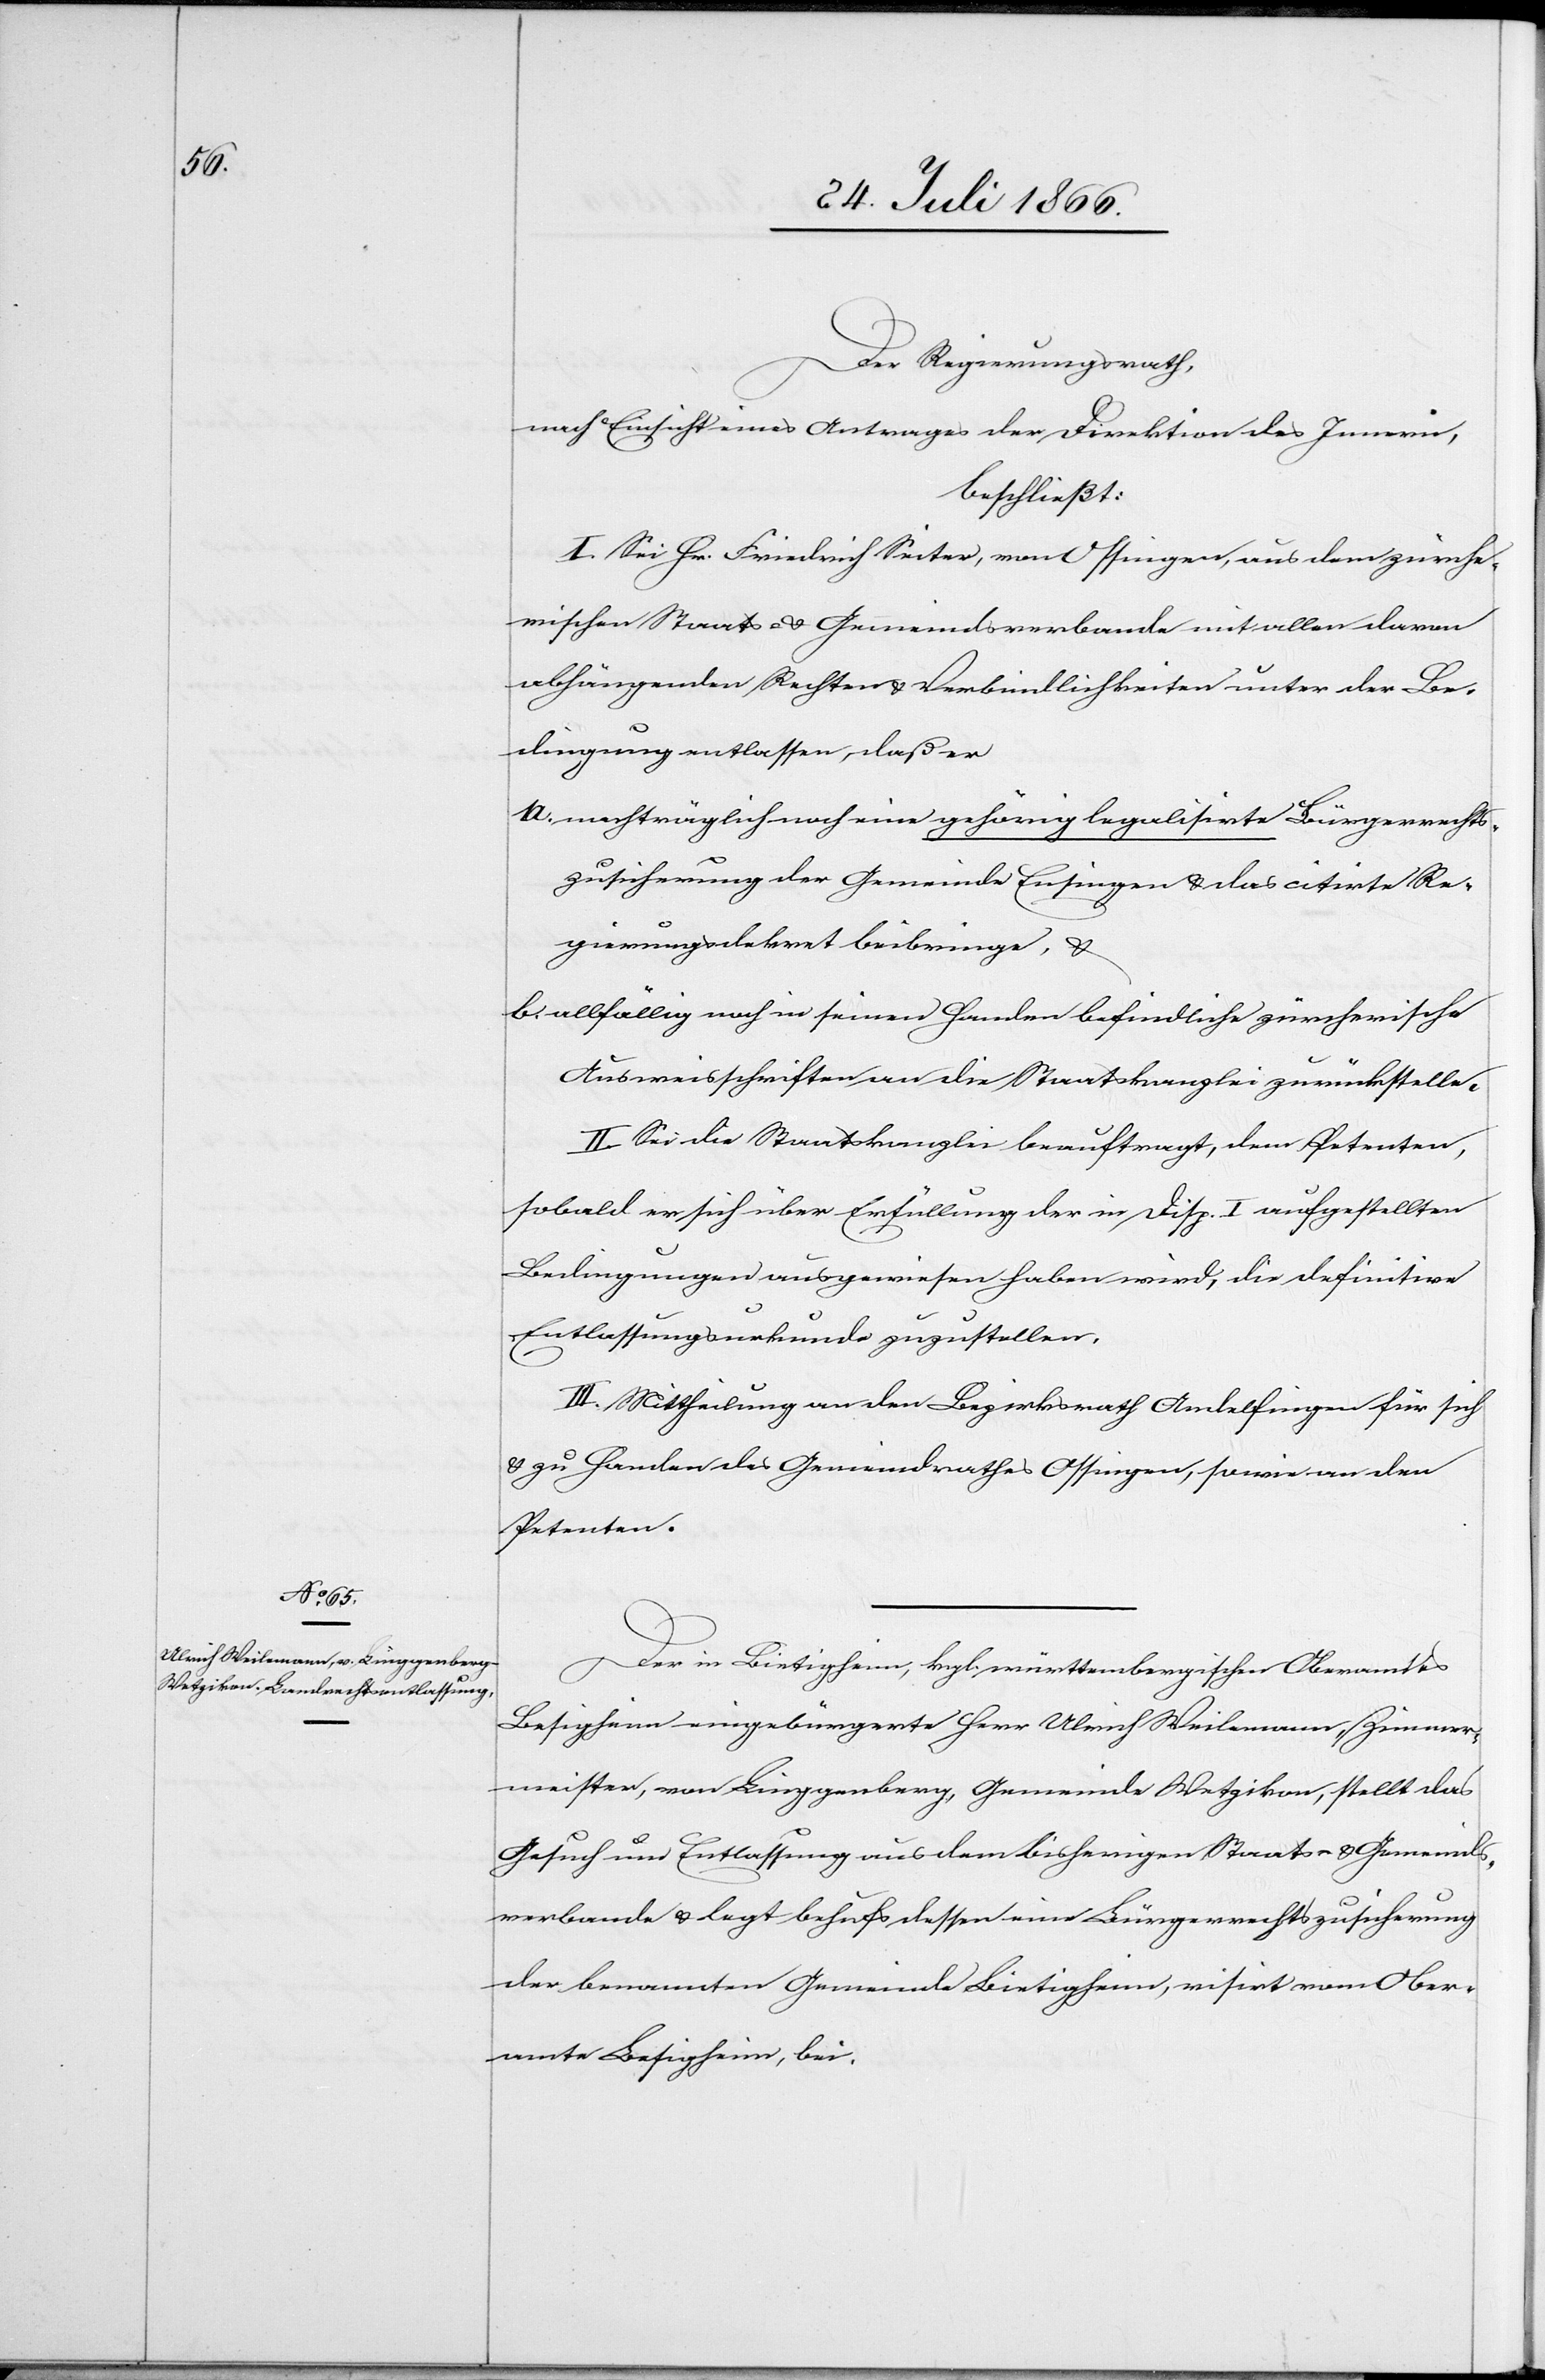
recht¬

Der Regierungsrath,
nach Einsicht eine Antrages der Direktion des Innern,
beschließt:
I. Sei Hr. Friedrich Seiter, von Ossingen, aus dem zürche¬
rischen Staats- u. Gemeindsverbande mit allen davon
abhängenden Rechten u. Verbindlichkeiten unter der Be¬
dingung entlassen, daß er
szusicherung der Gemeinde Ensingen u. das citirte Re¬
gierungsdekret beibringe, u.
b. allfällig noch in seinen Handen befindliche zürcherische
Ausweisschriften an die Staatskanzlei zurückstelle.
II. Sei die Staatskanzlei beauftragt, dem Petenten,
sobald er sich über Erfüllung der in Disp. I aufgestellten
Bedingungen ausgewiesen haben wird, die definitive
Entlassungsurkunde zuzustellen.
III. Mittheilung an den Bezirksrath Andelfingen für sich
u. zu Handen des Gemeindrathes Ossingen, sowie an den
Petenten.
in Bietigheim, kgl. württembergischen Oberamtes
Besigheim eingebürgerte Herr Ulrich Weilemann, Zimmer¬
meister, von Linggenberg, Gemeinde Wetzikon, stellt das
Gesuch um Entlassung aus dem bisherigen Staats- u. Gemeinds¬
verbande u. legt behufs dessen eine Bürgerrechtzusicherung
der benannten Gemeinde Bietigheim, visirt vom Ober¬
amte Besigheim, bei.